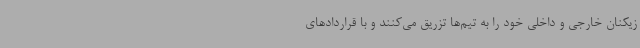
زیکنان خارجی و داخلی خود را به تیم‌ها تزریق می‌کنند و با قراردادهای